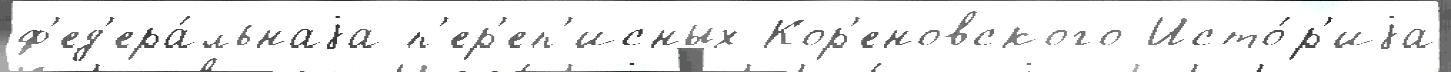
ф'ед'ера́льнаjа п'ер'еп'исных Кор'еновского Исто́р'иjа